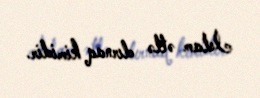
İslam ətlə dırnaq kimidir.